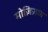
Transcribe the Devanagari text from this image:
मोज़िज़ात